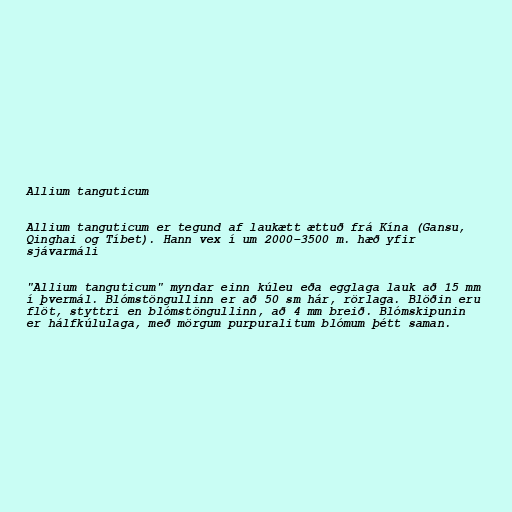
Allium tanguticum

Allium tanguticum er tegund af laukætt ættuð frá Kína (Gansu,
Qinghai og Tíbet). Hann vex í um 2000–3500 m. hæð yfir
sjávarmáli

"Allium tanguticum" myndar einn kúleu eða egglaga lauk að 15 mm
í þvermál. Blómstöngullinn er að 50 sm hár, rörlaga. Blöðin eru
flöt, styttri en blómstöngullinn, að 4 mm breið. Blómskipunin
er hálfkúlulaga, með mörgum purpuralitum blómum þétt saman.